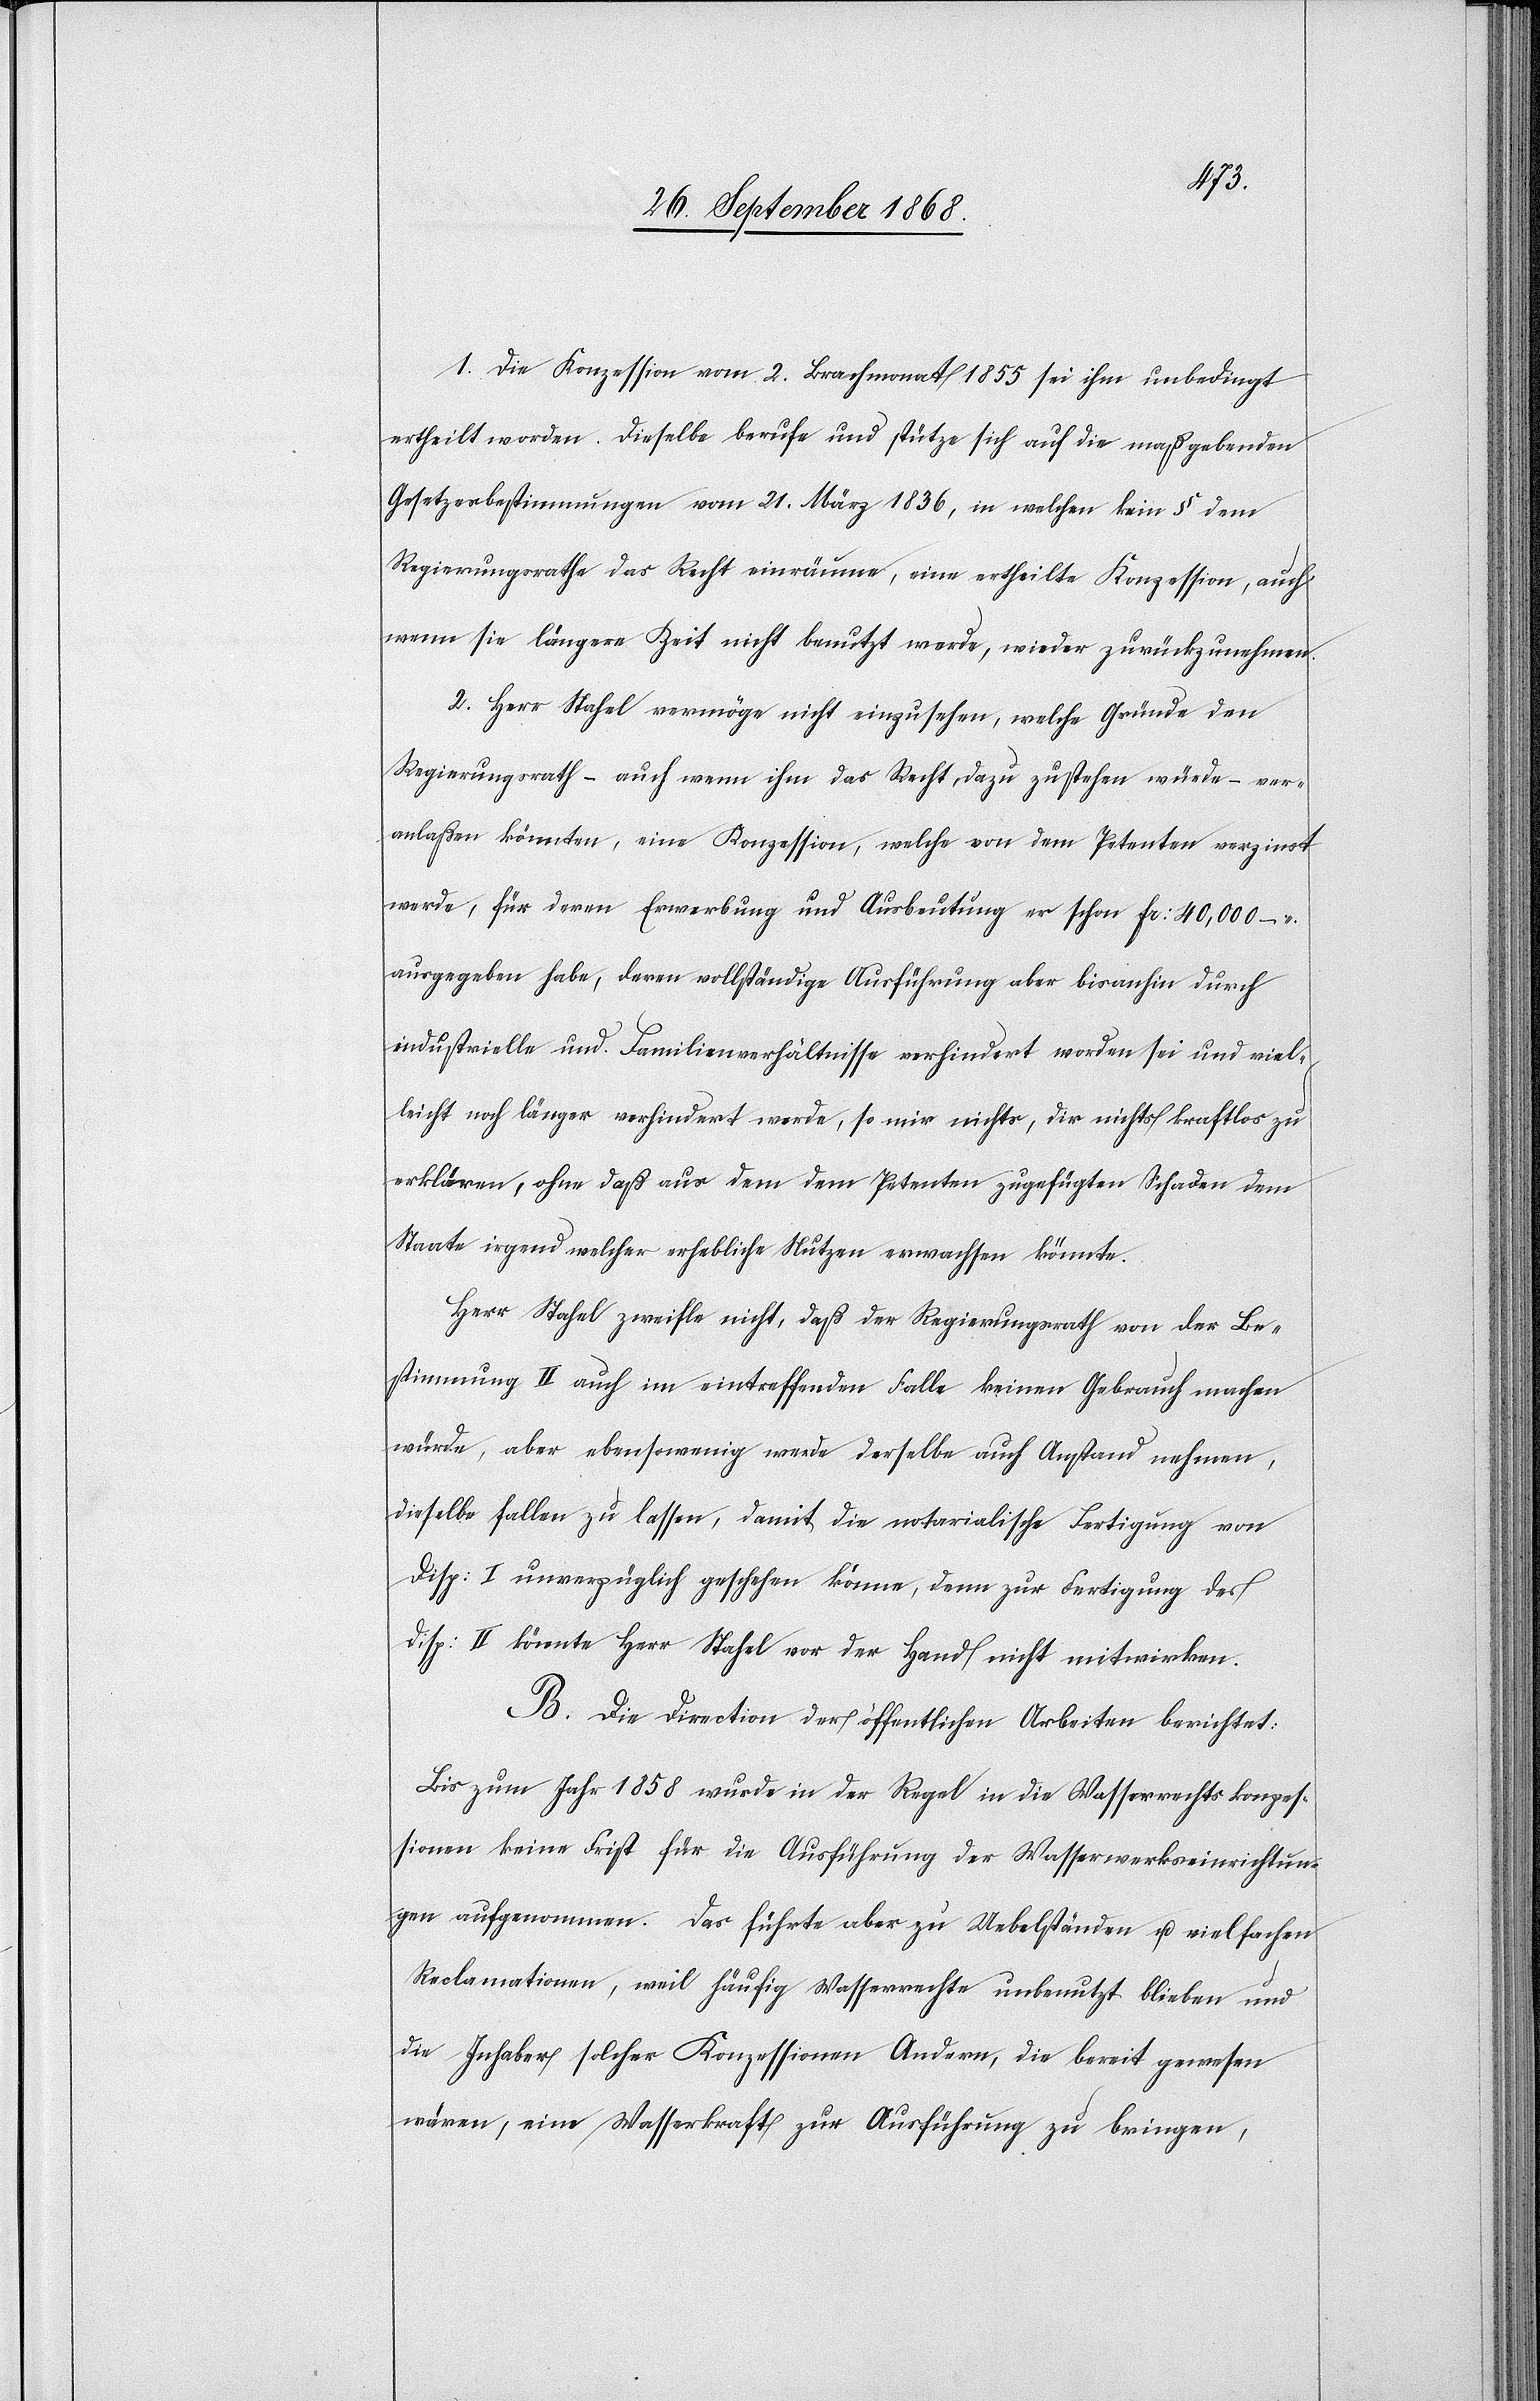
1. Die Konzession vom 2. Brachmonat 1855 sei ihm unbedingt
ertheilt worden. Dieselbe berufe und stütze sich auf die maßgebenden
Gesetzesbestimmungen vom 21. März 1836, in welchen kein § dem
Regierungsrathe das Recht einräume, eine ertheilte Konzession, auch
wenn sie längere Zeit nicht benutzt werde, wieder zurückzunehmen.
2. Herr Stahel vermöge nicht einzusehen, welche Gründe den
Regierungsrath – auch wenn ihm das Recht dazu zustehen würde – ver¬
anlaßen könnten, eine Konzession, welche von dem Petenten verzinst
werde, für deren Erwerbung und Ausbeutung er schon Fr: 40,000 –
ausgegeben habe, deren vollständige Ausführung aber bisanhin durch
industrielle und Familienverhältnisse verhindert worden sei und viel¬
leicht noch länger verhindert werde, so mir nichts, dir nichts kraftlos zu
erklären, ohne daß aus dem dem Petenten zugefügten Schaden dem
Staate irgend welcher erhebliche Nutzen erwachsen könnte.
Herr Stahel zweifle nicht, daß der Regierungsrath von der Be¬
stimmung II auch im eintreffenden Falle keinen Gebrauch machen
würde, aber ebensowenig werde derselbe auch Anstand nehmen,
dieselbe fallen zu lassen, damit die notarialische Fertigung von
Disp: I unverzüglich geschehen könne, denn zur Fertigung des
Disp: II könnte Herr Stahel vor der Hand nicht mitwirken.
B. Die Direction der öffentlichen Arbeiten berichtet:
Bis zum Jahr 1858 wurde in der Regel in die Wasserrechtskonzes¬
sionen keine Frist für die Ausführung der Wasserwerkseinrichtun¬
gen aufgenommen. Das führte aber zu Uebelständen u. vielfachen
Reclamationen, weil häufig Wasserrechte unbenutzt blieben und
die Inhaber solcher Konzessionen Andern, die bereit gewesen
wären, eine Wasserkraft zur Ausführung zu bringen,